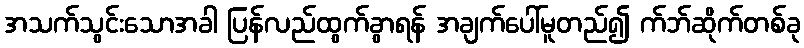
အသက်သွင်းသောအခါ ပြန်လည်ထွက်ခွာရန် အချက်ပေါ်မူတည်၍ က်ဘ်ဆိုက်တစ်ခု